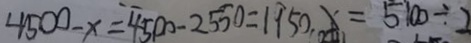
4 5 0 0 - x = 4 5 0 0 - 2 5 5 0 = 1 9 5 0 x = 5 1 0 0 \div 2